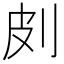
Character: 㓟